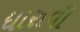
ધારાવી